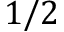
1 / 2